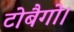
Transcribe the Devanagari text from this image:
टोबैगो।